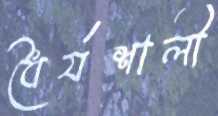
ধৈর্যশালী